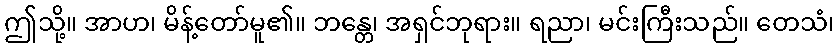
ဤသို့။ အာဟ၊ မိန့်တော်မူ၏။ ဘန္တေ၊ အရှင်ဘုရား။ ရညာ၊ မင်းကြီးသည်။ တေသံ၊